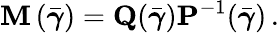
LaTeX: {\mathbf M}\left(\bar{\boldsymbol{\gamma}}\right)={\mathbf Q}(\bar{\boldsymbol{\gamma}}){\mathbf P}^{-1}(\bar{\boldsymbol{\gamma}})\, .